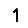
Digit: 1